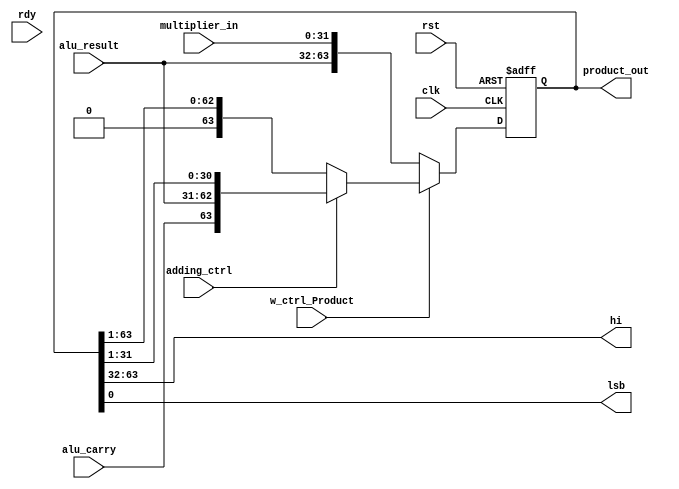
module Product (
    output [63:0] product_out,  
    output [31:0] hi,
    input [31:0] alu_result,
    input alu_carry,
    input [31:0] multiplier_in, 
    input adding_ctrl,
    input w_ctrl_Product,
    output lsb,
    input rdy,
    input rst,
    input clk
);

    reg [64:0] product;   // 64-bit product register

    always @(posedge rst or negedge clk)
    begin
        if(rst)   // reset product to 0
        begin
            product <= 65'b0;
        end
        else 
        begin
            if(!w_ctrl_Product)    // if w_ctrl_Product = 0, load product
            begin
                    product <= {alu_carry, alu_result, multiplier_in};
            end 
            else    // if w_ctrl_Product = 0, not load product 
            begin
                if(adding_ctrl)    // lsb = 1: add and shift right
                begin
                    product <= {1'b0, alu_carry, alu_result, product[31:1]};
                end
                else    // lsb = 0: shift right only
                begin
                    product <= {1'b0, product[63:1]};
                end
            end
        end
    end
    // output assignment
    assign hi = product[63:32];
    assign product_out = product;
    assign lsb = product[0];

endmodule